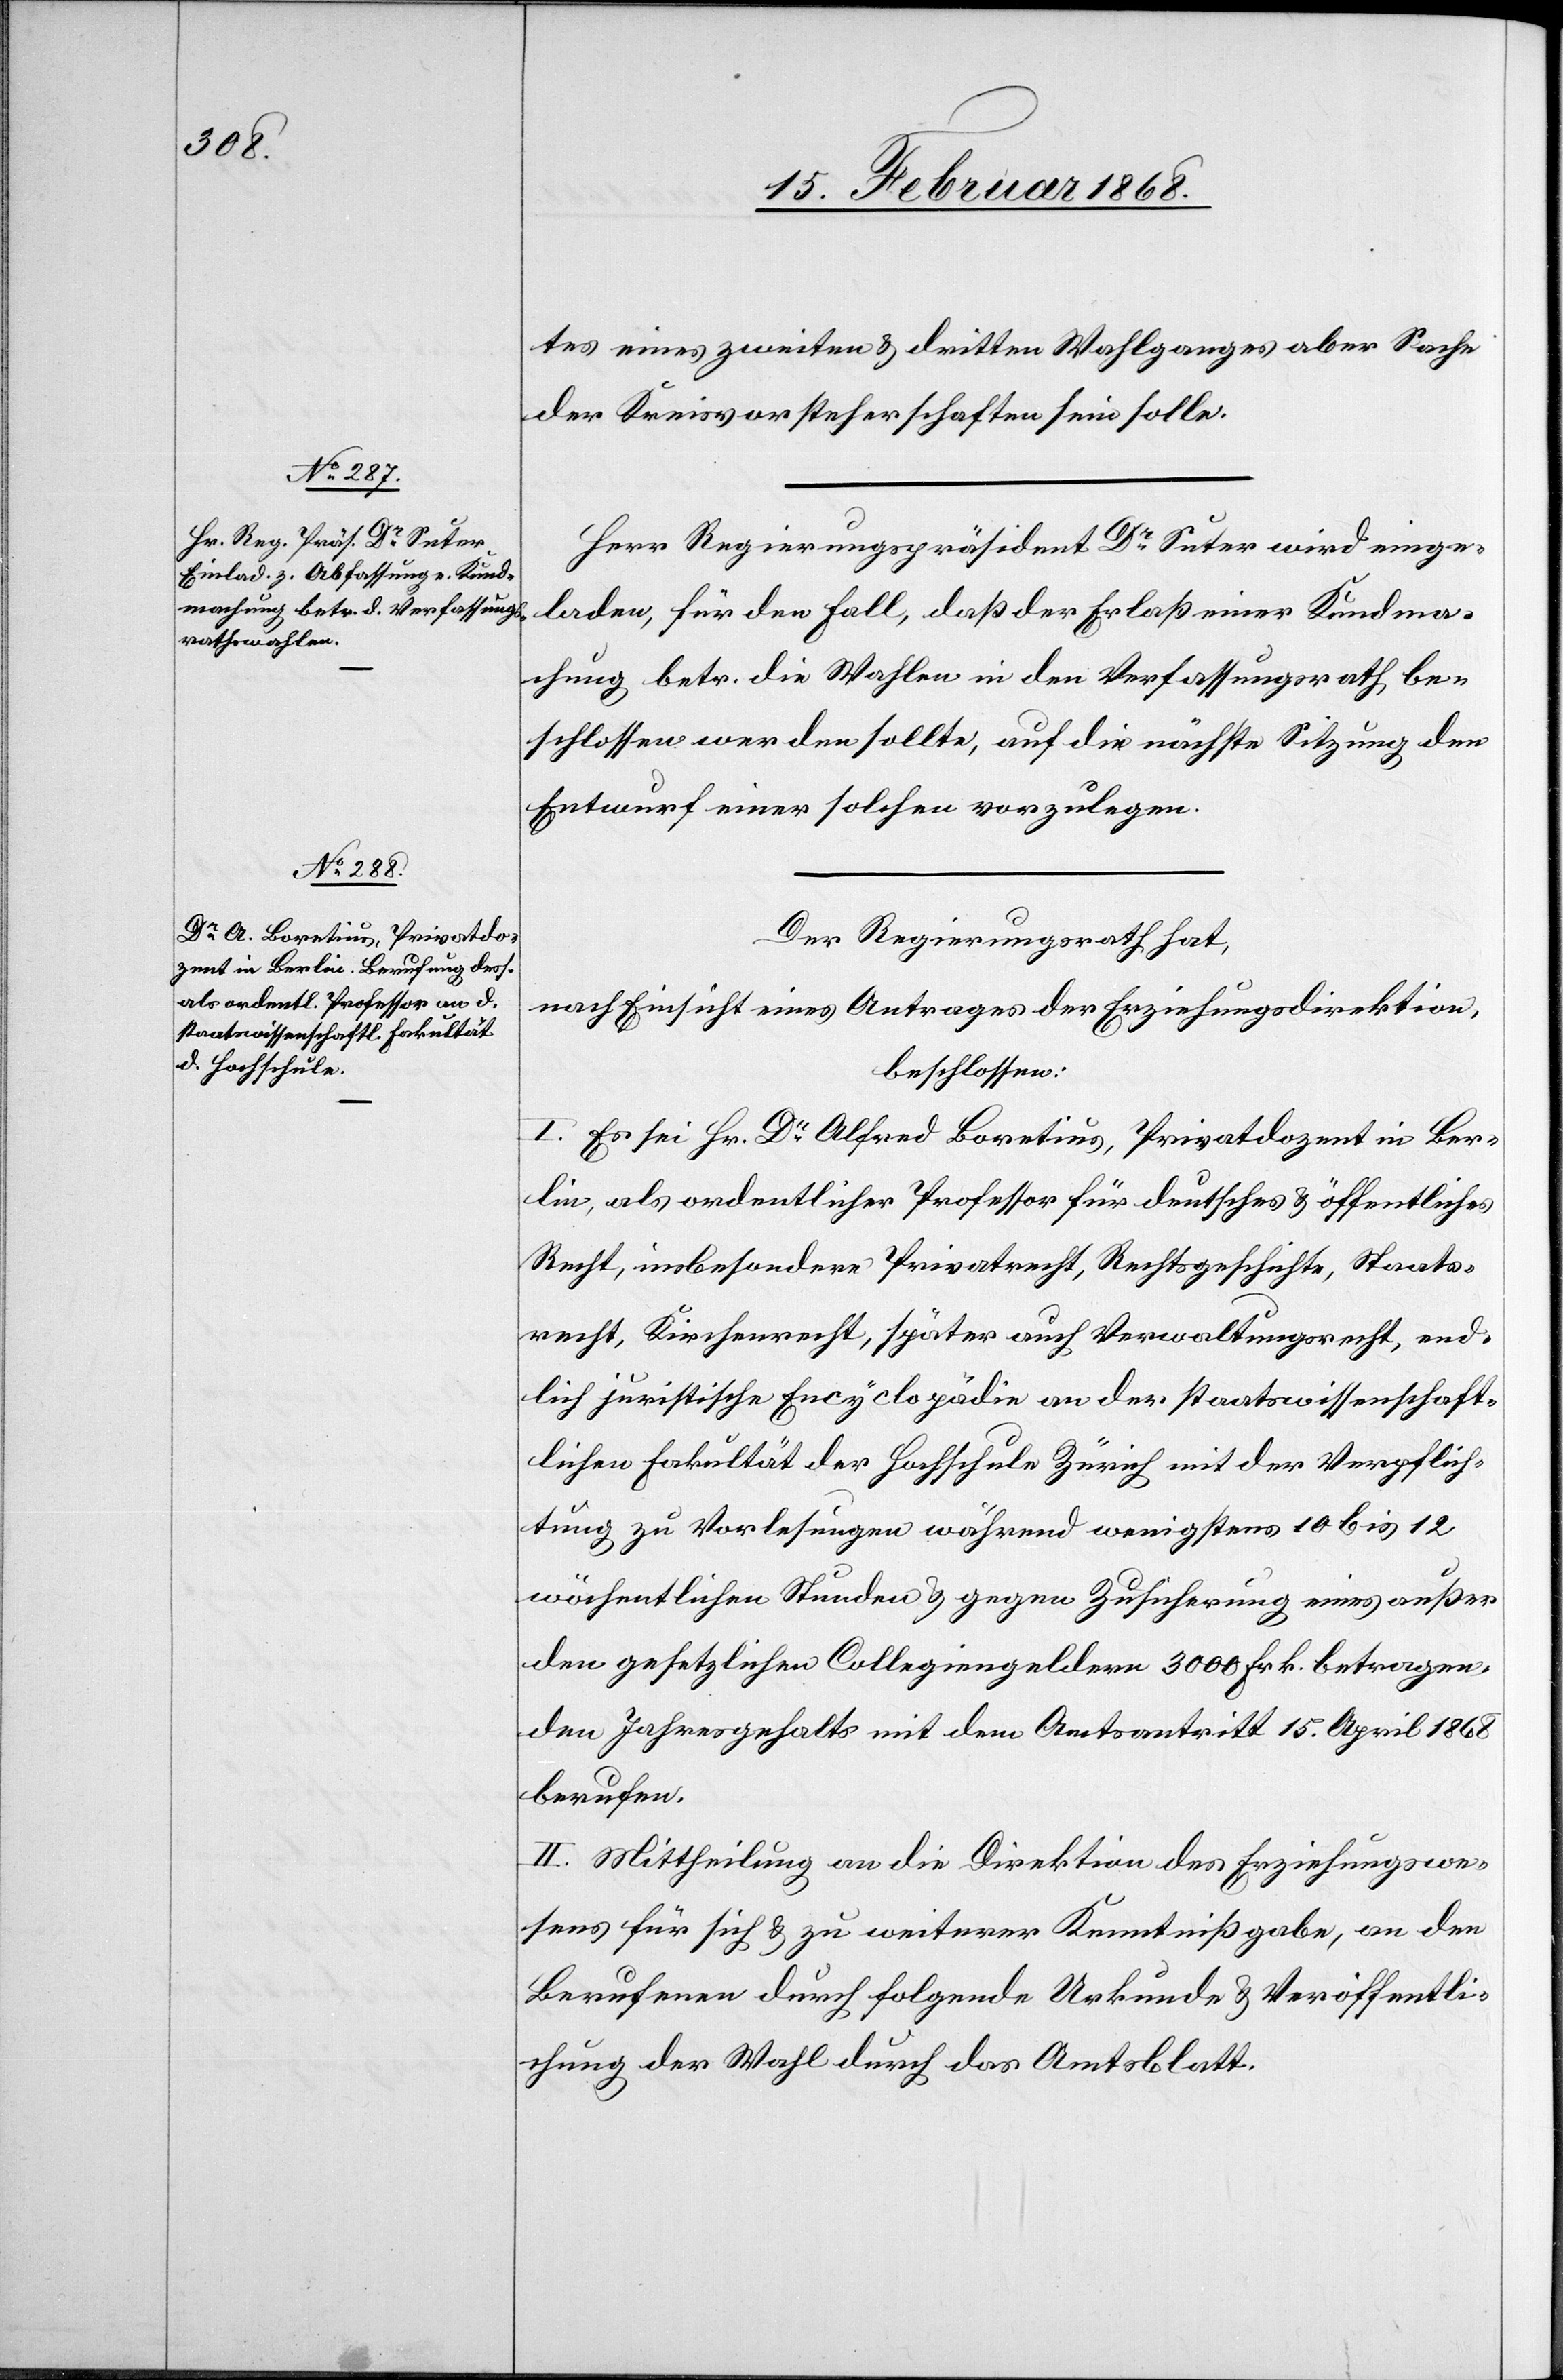
tes eines zweiten & dritten Wahlganges aber Sache
der Kreisvorsteherschaften sein solle.
Herr Regierungspräsident Dr. Suter wird einge¬
laden, für den Fall, daß der Erlaß einer Kundma¬
chung betr. die Wahlen in den Verfassungsrath be¬
schlossen werden sollte, auf die nächste Sitzung den
Entwurf einer solchen vorzulegen.
Der Regierungsrath hat,
nach Einsicht eines Antrages der Erziehungsdirektion,
beschlossen:
I. Es sei Hr. Dr. Alfred Boretius, Privatdozent in Ber¬
lin, als ordentlicher Professor für deutsches & öffentliches
Recht, insbesondere Privatrecht, Rechtsgeschichte, Staats¬
recht, Kirchenrecht, später auch Verwaltungsrecht, end¬
lich juristische Encyclopädie an der staatswissenschaft¬
lichen Fakultät der Hochschule Zürich mit der Verpflich¬
tung zu Vorlesungen während wenigstens 10 bis 12
wöchentlichen Stunden & gegen Zusicherung eines außer
den gesetzlichen Collegiengeldern 3000 Frk. betragen¬
den Jahresgehalts mit dem Amtsantritt 15. April 1868
berufen.
II. Mittheilung an die Direktion des Erziehungswe¬
sens für sich & zu weiterer Kenntnißgabe, an den
Berufenen durch folgende Urkunde & Veröffentli¬
chung der Wahl durch das Amtsblatt.